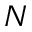
N